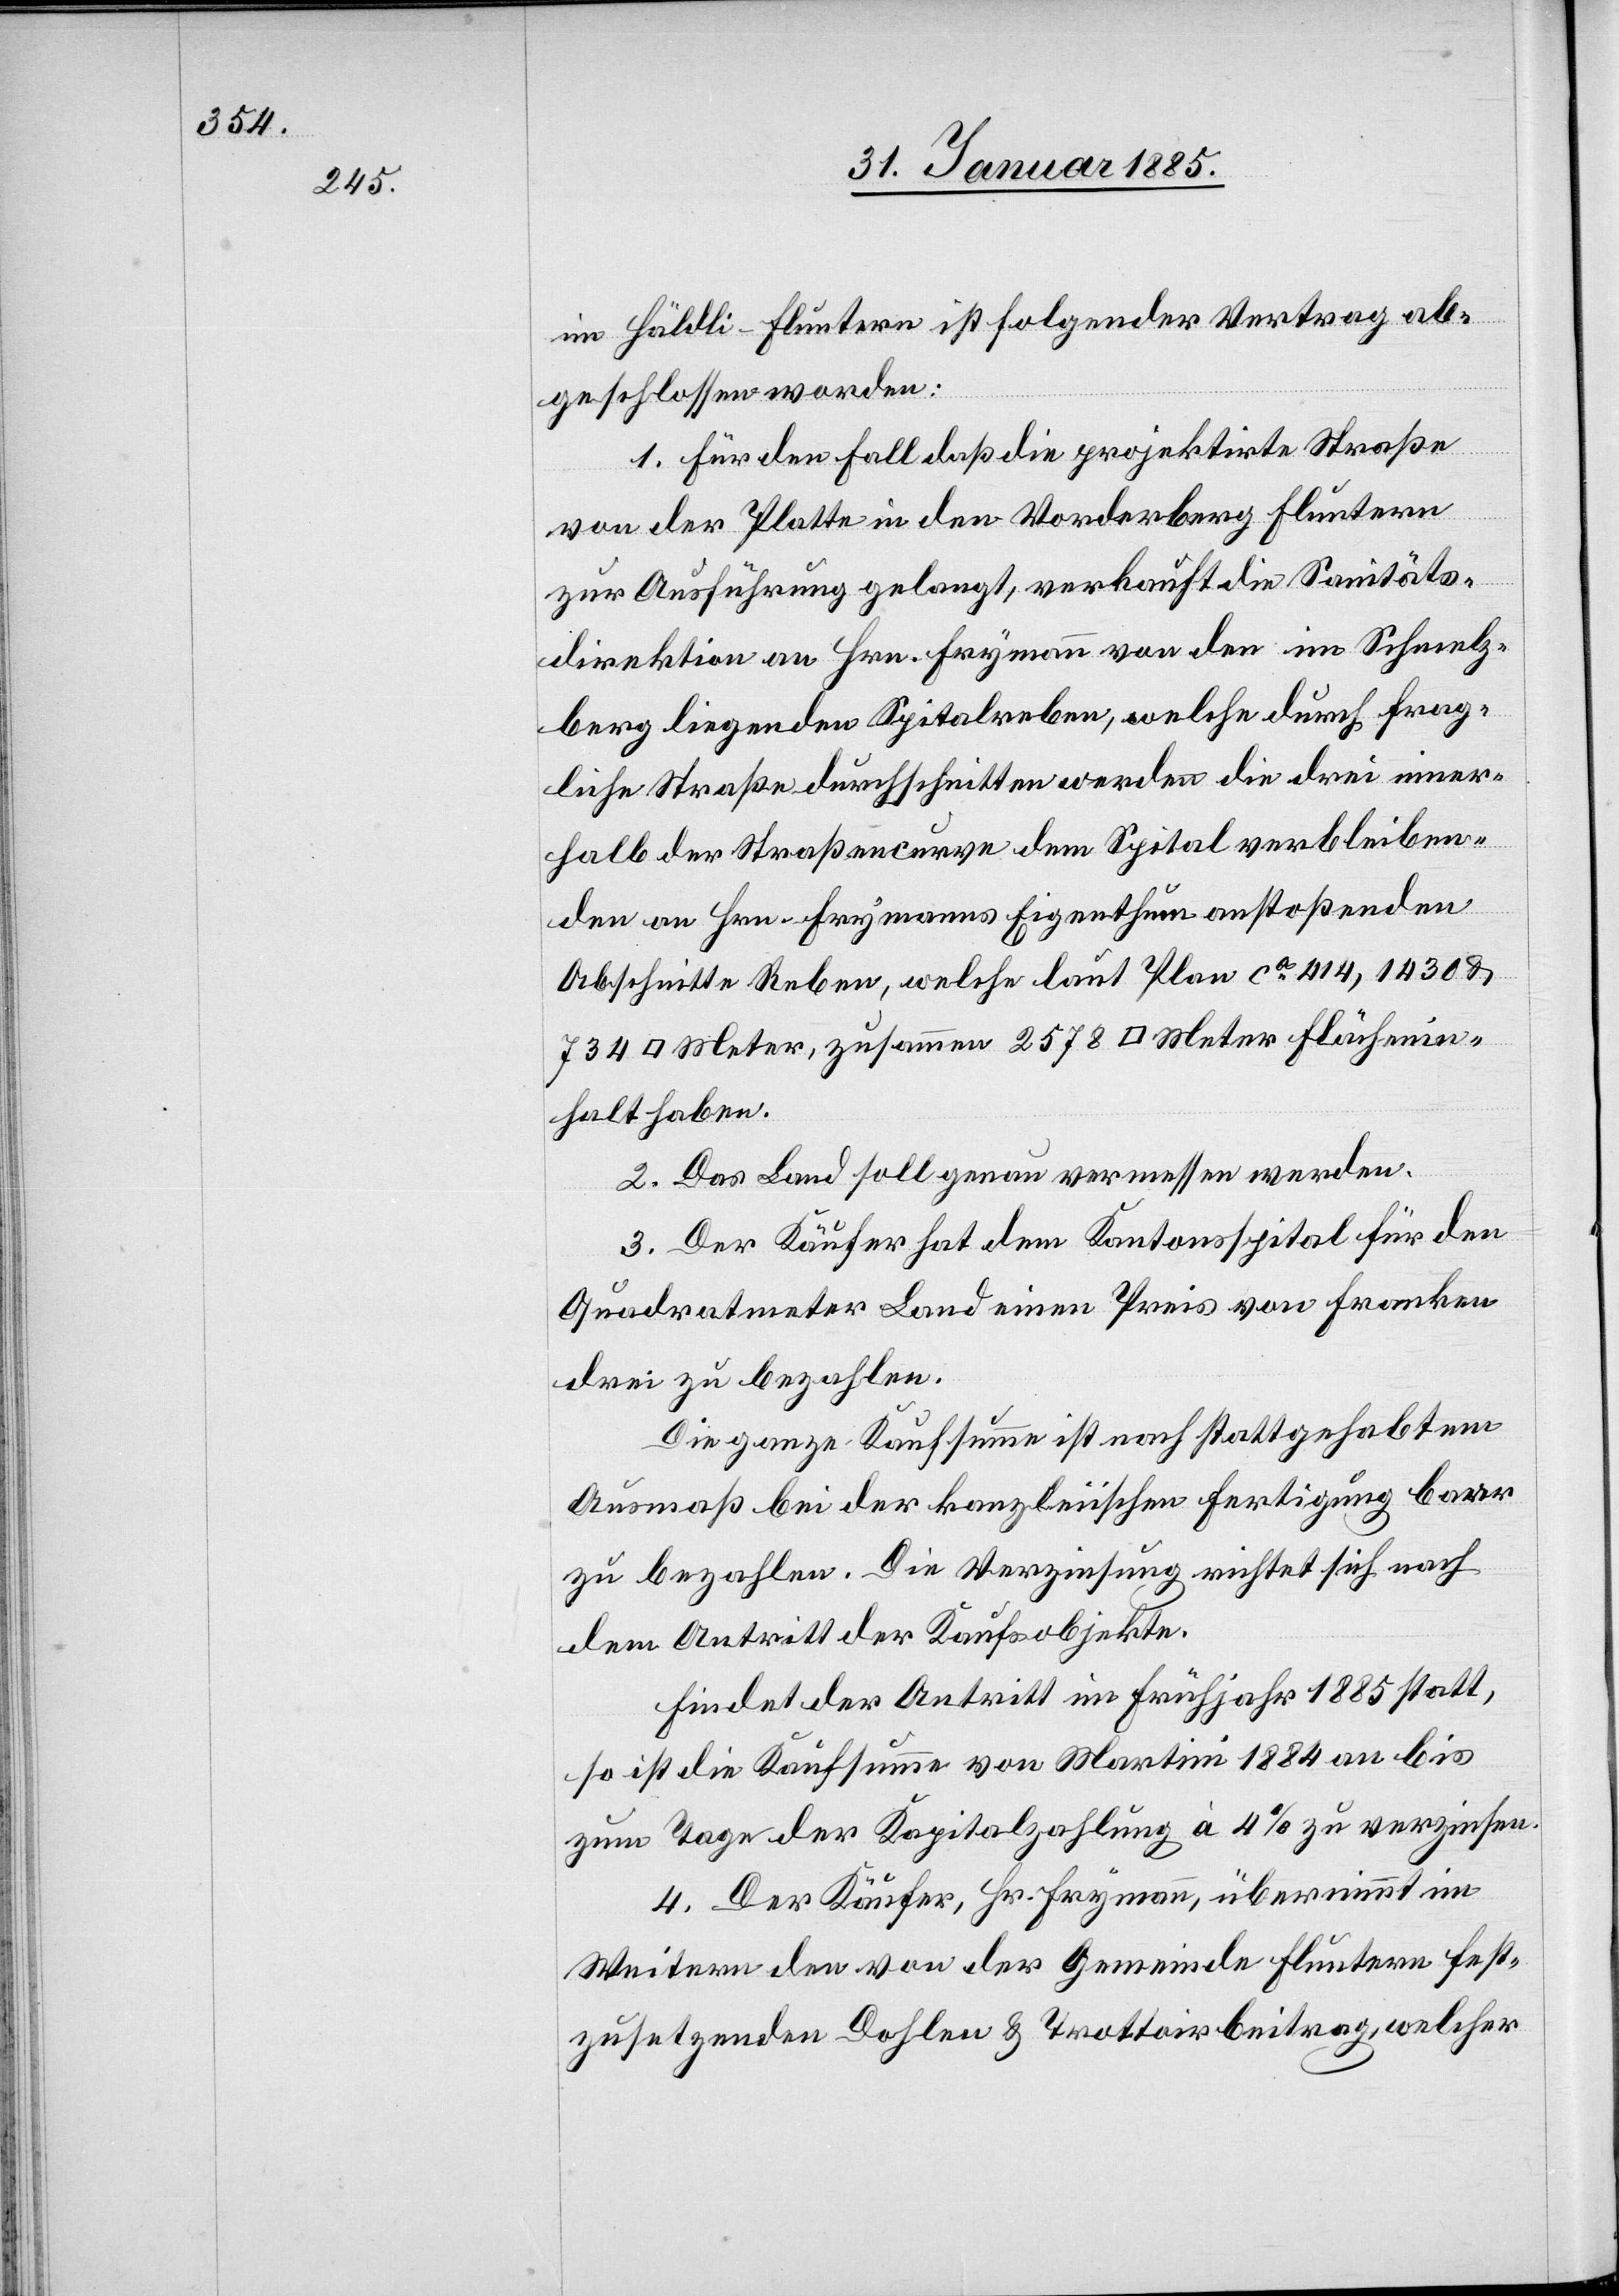
im Häldli [sic!] - Fluntern ist folgender Vertrag ab¬
geschlossen worden:
1. Für den Fall daß die projektirte Straße
von der Platte in den Vorderberg Fluntern
zur Ausführung gelangt, verkauft die Sanitäts¬
direktion an Hrn. Frymann von den im Schmelz¬
berg liegenden Spitalreben, welche durch frag¬
liche Straße durchschnitten werden[;] die drei inner¬
halb der Straßencurve dem Spital verbleiben¬
den an Hrn. Frymanns Eigenthum anstoßenden
Abschnitte Reben, welche laut Plan ca 414, 1430 &
[Quadrat]Meter, zusammen 2578 [Quadrat]Meter Flächenin¬
halt haben.
2. Das Land soll genau vermessen werden.
3. Der Käufer hat dem Kantonsspital für den
Quadratmeter Land einen Preis von Franken
drei zu bezahlen.
Die ganze Kaufsumme ist nach stattgehabtem
Ausmaß bei der kanzleiischen Fertigung baar
zu bezahlen. Die Verzinsung richtet sich nach
dem Antritt der Kaufsobjekte.
Findet der Antritt im Frühjahr 1885 statt,
so ist die Kaufsumme von Martini 1884 an bis
zum Tage der Kapitalzahlung à 4% zu verzinsen.
4. Der Käufer, Hr. Frymann, übernimmt im
Weitern den von der Gemeinde Fluntern fest¬
zusetzenden Dohlen- & Trottoirbeitrag, welcher